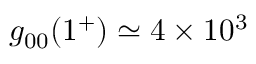
g _ { 0 0 } ( 1 ^ { + } ) \simeq 4 \times 1 0 ^ { 3 }